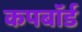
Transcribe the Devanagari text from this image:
कपबाॅर्ड